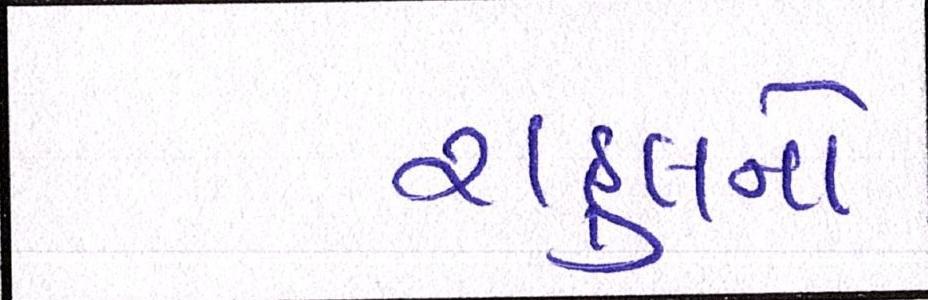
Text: રાહુલનો